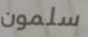
سلمون